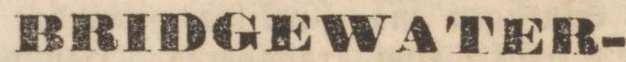
BRIDGEWATER-